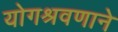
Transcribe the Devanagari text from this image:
योगश्रवणाने